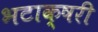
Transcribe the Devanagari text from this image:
भटाक्षरी